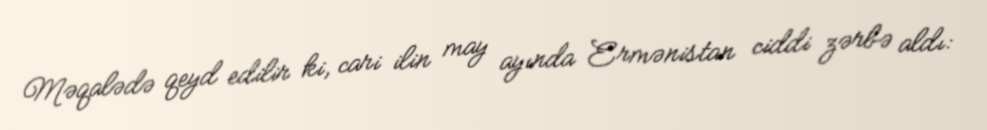
Məqalədə qeyd edilir ki, cari ilin may ayında Ermənistan ciddi zərbə aldı: